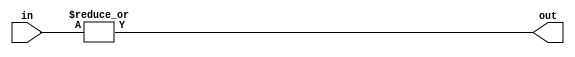
module or_gate(input [3:0] in, output out);

assign out = |in;

endmodule